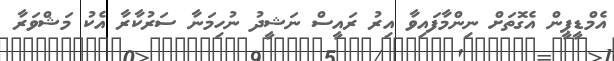
އެމްޑީޕީން އެގޮތަށް ނިންމާފައިވާ އިރު ރައީސް ނަޝީދު ނުހިމަނާ ސަރުކާރާ އެކު މަޝްވަރާ